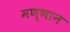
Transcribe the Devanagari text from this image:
मण्णान